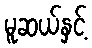
မူဆယ်နှင့်